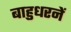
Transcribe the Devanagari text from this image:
बाहुधरनें